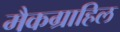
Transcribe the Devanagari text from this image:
मैकग्राहिल